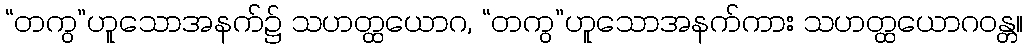
“တကွ”ဟူသောအနက်၌ သဟတ္ထယောဂ, “တကွ”ဟူသောအနက်ကား သဟတ္ထယောဂဝန္တ။